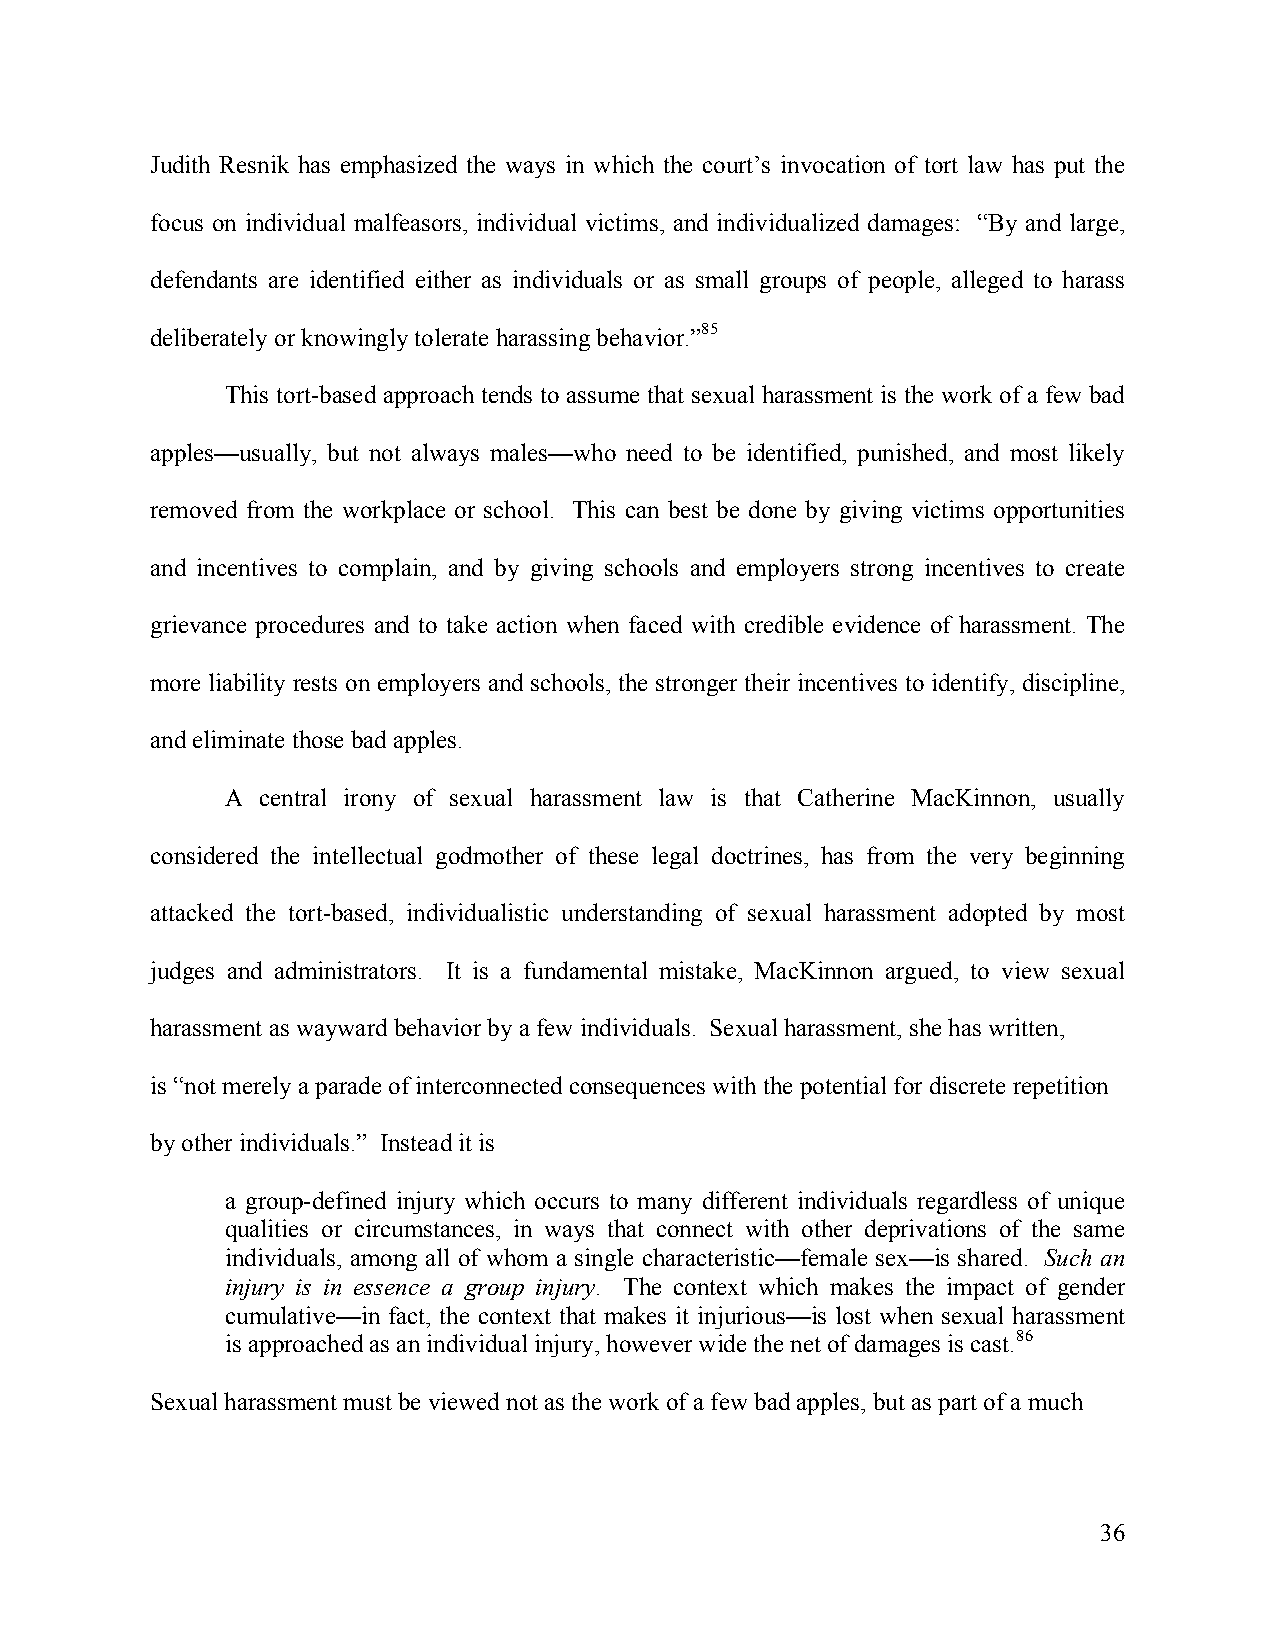
Judith Resnik has emphasized the ways in which the court’s invocation of tort law has put the
 focus on individual malfeasors, individual victims, and individualized damages: “By and large,
 defendants are identified either as individuals or as small groups of people, alleged to harass
 deliberately or knowingly tolerate harassing behavior.”85
 This tort-based approach tends to assume that sexual harassment is the work of a few bad
 apples—usually, but not always males—who need to be identified, punished, and most likely
 removed from the workplace or school. This can best be done by giving victims opportunities
 and incentives to complain, and by giving schools and employers strong incentives to create
 grievance procedures and to take action when faced with credible evidence of harassment. The
 more liability rests on employers and schools, the stronger their incentives to identify, discipline,
 and eliminate those bad apples.
 A central irony of sexual harassment law is that Catherine MacKinnon, usually
 considered the intellectual godmother of these legal doctrines, has from the very beginning
 attacked the tort-based, individualistic understanding of sexual harassment adopted by most
 judges and administrators. It is a fundamental mistake, MacKinnon argued, to view sexual
 harassment as wayward behavior by a few individuals. Sexual harassment, she has written,
 is “not merely a parade of interconnected consequences with the potential for discrete repetition
 by other individuals.” Instead it is
 a group-defined injury which occurs to many different individuals regardless of unique
 qualities or circumstances, in ways that connect with other deprivations of the same
 individuals, among all of whom a single characteristic—female sex—is shared. Such an
 injury is in essence a group injury. The context which makes the impact of gender
 cumulative—in fact, the context that makes it injurious—is lost when sexual harassment
 is approached as an individual injury, however wide the net of damages is cast.86
 Sexual harassment must be viewed not as the work of a few bad apples, but as part of a much
 36